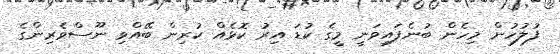
ފުލުހުން މިހެން ބުނެފައިވަނީ މީގެ ކުޑަ އިރު ކޮޅެއް ކުރިން ބޭއްވި ނޫސްވެރިންގެ